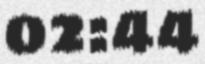
02:44